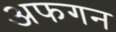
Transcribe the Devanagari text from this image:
अफगन